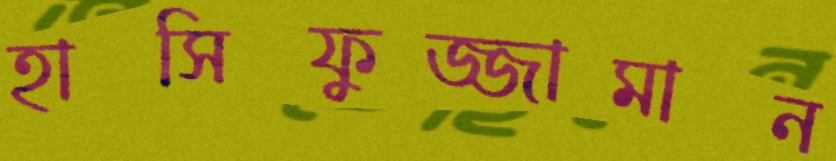
হাসিফুজ্জামান